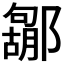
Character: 𮠐